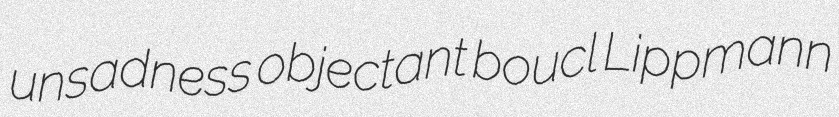
unsadness objectant boucl Lippmann